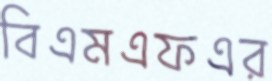
বিএমএফএর